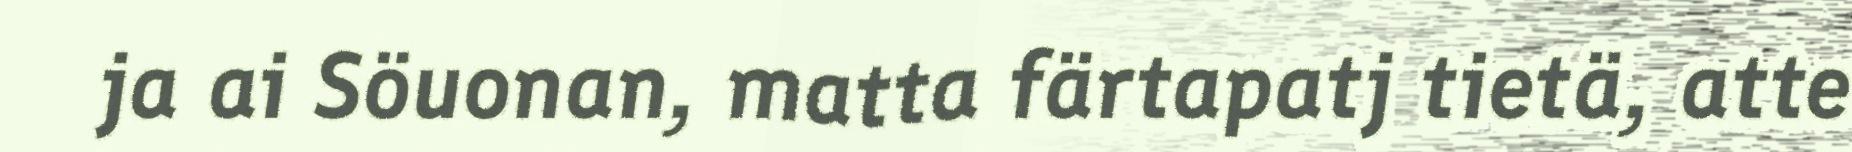
ja ai Söuonan, matta färtapatj tietä, atte